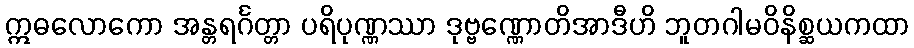
ဣဓလောကော အန္တရင်္ဂတ္တာ ပရိပုဏ္ဏဿာ ဒုဗ္ဗဏ္ဏောတိအာဒီဟိ ဘူတဂါမဝိနိစ္ဆယကထာ